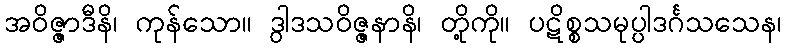
အဝိဇ္ဇာဒီနိ၊ ကုန်သော။ ဒွါဒသဝိဇ္ဇနာနိ၊ တို့ကို။ ပဋိစ္စသမုပ္ပါဒင်္ဂသသေန၊